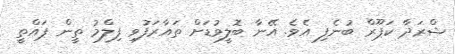
ޝްރަދާ ކަޕޫރް ބުނެފި އެވެ. އޭނާ ބޮލީވުޑަށް ތައާރަފުވި ފިލްމު ތީން ޕައްތީ